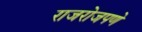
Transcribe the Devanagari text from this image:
राजरोजपणे